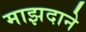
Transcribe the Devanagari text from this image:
माझदाने